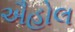
ઐહોલ